Scientific memoirs by medical officers of the Army of India - Part III,
Year: 1887
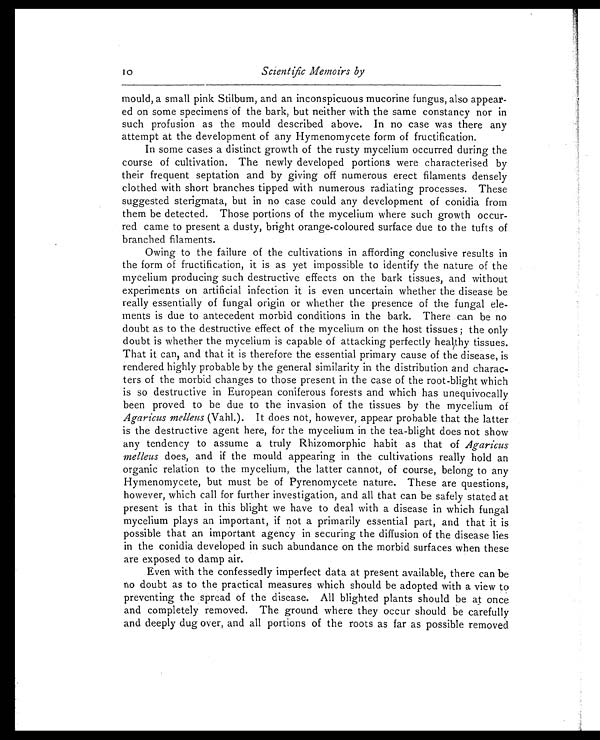
Scientific Memoirs by
mould, a small pink Stilbum, and an inconspicuous mucorine fungus, also appear-
ed on some specimens of the bark, but neither with the same constancy nor in
such profusion as the mould described above. In no case was there any
attempt at the development of any Hymenomycete form of fructification.
In some cases a distinct growth of the rusty mycelium occurred during the
course of cultivation. The newly developed portions were characterised by
their frequent septation and by giving off numerous erect filaments densely
clothed with short branches tipped with numerous radiating processes. These
suggested sterigmata, but in no case could any development of conidia from
them be detected. Those portions of the mycelium where such growth occur-
red came to present a dusty, bright orange-coloured surface due to the tufts of
branched filaments.
Owing to the failure of the cultivations in affording conclusive results in
the form of fructification, it is as yet impossible to identify the nature of the
mycelium producing such destructive effects on the bark tissues, and without
experiments on artificial infection it is even uncertain whether the disease be
really essentially of fungal origin or whether the presence of the fungal ele-
ments is due to antecedent morbid conditions in the bark. There can be no
doubt as to the destructive effect of the mycelium on the host tissues; the only
doubt is whether the mycelium is capable of attacking perfectly healthy tissues.
That it can, and that it is therefore the essential primary cause of the disease, is
rendered highly probable by the general similarity in the distribution and charac-
ters of the morbid changes to those present in the case of the root-blight which
is so destructive in European coniferous forests and which has unequivocally
been proved to be due to the invasion of the tissues by the mycelium of
Agaricus melleus (Vahl.). It does not, however, appear probable that the latter
is the destructive agent here, for the mycelium in the tea-blight does not show
any tendency to assume a truly Rhizomorphic habit as that of Agaricus
melleus does, and if the mould appearing in the cultivations really hold an
organic relation to the mycelium, the latter cannot, of course, belong to any
Hymenomycete, but must be of Pyrenomycete nature. These are questions,
however, which call for further investigation, and all that can be safely stated at
present is that in this blight we have to deal with a disease in which fungal
mycelium plays an important, if not a primarily essential part, and that it is
possible that an important agency in securing the diffusion of the disease lies
in the conidia developed in such abundance on the morbid surfaces when these
are exposed to damp air.
Even with the confessedly imperfect data at present available, there can be
no doubt as to the practical measures which should be adopted with a view to
preventing the spread of the disease. All blighted plants should be at once
and completely removed. The ground where they occur should be carefully
and deeply dug over, and all portions of the roots as far as possible removed